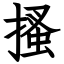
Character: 搔